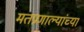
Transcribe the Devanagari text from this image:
मतप्रणाल्यांच्या